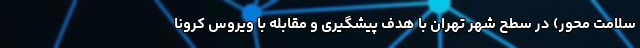
سلامت محور) در سطح شهر تهران با هدف پیشگیری و مقابله با ویروس کرونا